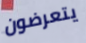
يتعرضون